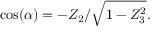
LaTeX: \cos ( \alpha ) = - Z _ { 2 } / { \sqrt { 1 - Z _ { 3 } ^ { 2 } } } .